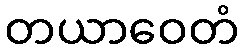
တယာဝေတံ